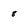
Character: 8